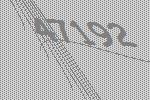
47192